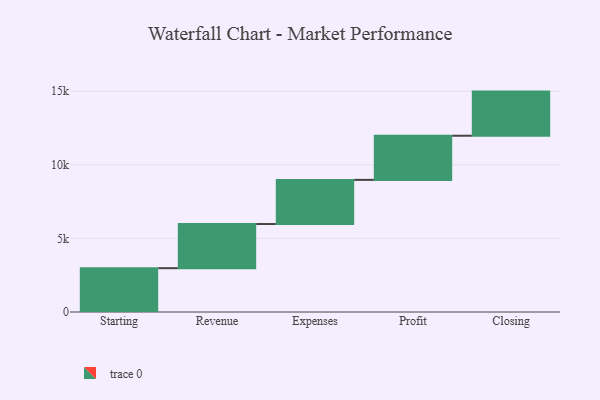
{"axis": {"x": "Step", "y": "Value"}, "legend": [""], "data": [{"x": "Starting", "y": 2979.0, "type": ""}, {"x": "Revenue", "y": 3000, "type": ""}, {"x": "Expenses", "y": 3000, "type": ""}, {"x": "Profit", "y": 3000, "type": ""}, {"x": "Closing", "y": 3000, "type": ""}]}